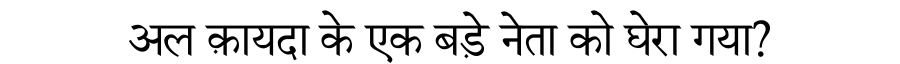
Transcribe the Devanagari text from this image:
अल क़ायदा के एक बड़े नेता को घेरा गया?